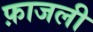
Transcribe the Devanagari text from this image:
फ़ाजली